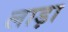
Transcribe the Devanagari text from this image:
लाड़ा